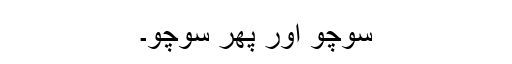
سوچو اور پھر سوچو۔